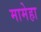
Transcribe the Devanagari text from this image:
मामेहा